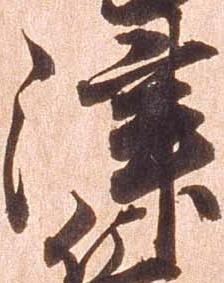
津